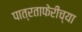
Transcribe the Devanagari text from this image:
पात्रताफेरीच्या